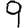
Digit: 9